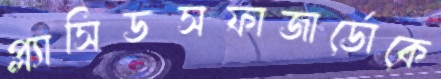
প্ল্যাসিডসফাজার্ডোকে